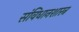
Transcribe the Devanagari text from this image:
संविधानशास्त्र